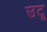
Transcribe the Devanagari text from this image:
उटू